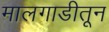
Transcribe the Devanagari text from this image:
मालगाडीतून